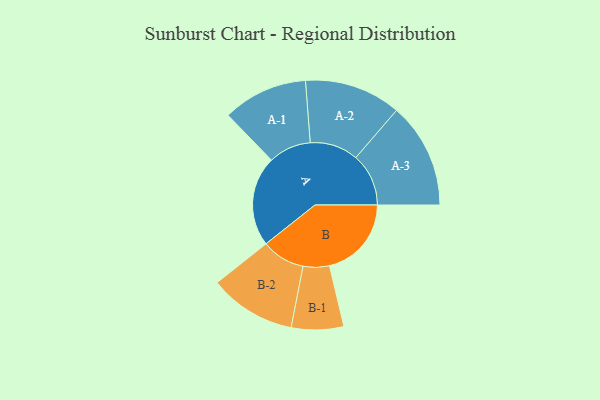
{"axis": {"x": "Segment", "y": "Value"}, "legend": ["", "A", "B"], "data": [{"x": "A", "y": 407, "type": ""}, {"x": "B", "y": 370, "type": ""}, {"x": "A-1", "y": 192, "type": "A"}, {"x": "A-2", "y": 218, "type": "A"}, {"x": "A-3", "y": 238, "type": "A"}, {"x": "B-1", "y": 118, "type": "B"}, {"x": "B-2", "y": 196, "type": "B"}]}